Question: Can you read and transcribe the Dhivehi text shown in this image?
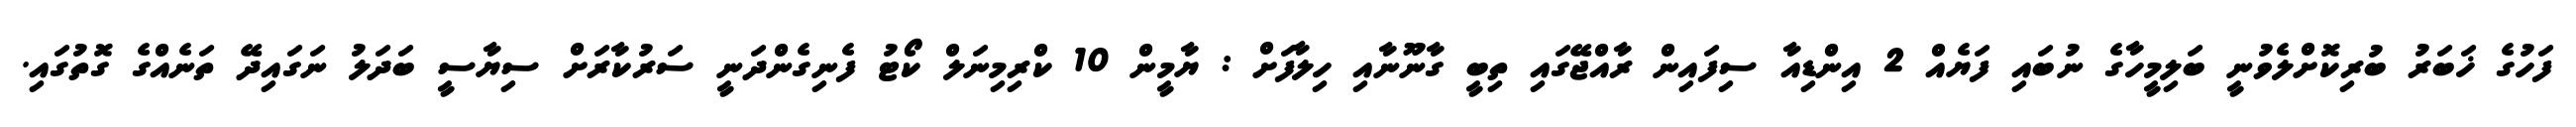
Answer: ފަހުގެ ޚަބަރު ބުރިކޮށްލެވުނީ ބަލިމީހާގެ ނުބައި ފަޔެއް 2 އިންޑިއާ ސިފައިން ރާއްޖޭގައި ތިބީ ގާނޫނާއި ހިލާފަށް : ޔާމީން 10 ކްރިމިނަލް ކޯޓު ފެނިގެންދަނީ ސަރުކާރަށް ސިޔާސީ ބަދަލު ނަގައިދޭ ތަނެއްގެ ގޮތުގައި.